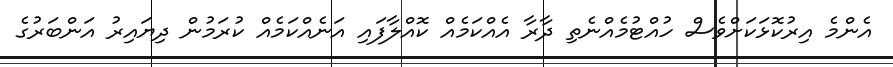
އެންމެ އިރުކޮޅަކަށްވެސް ހުއްޓުމެއްނެތި ދާރާ އެއްކަމެއް ކޮއްލާފައި އަނެއްކަމެއް ކުރަމުން ދިޔައިރު އަންބަރުގެ